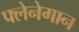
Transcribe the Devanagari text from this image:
फ्लेनेगान